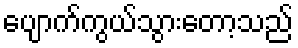
ပျောက်ကွယ်သွားတော့သည်